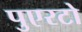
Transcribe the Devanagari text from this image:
पुएरटो